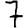
Digit: 7